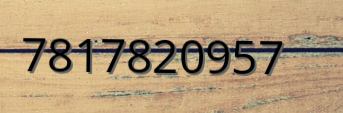
7817820957